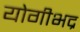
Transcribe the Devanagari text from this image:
योगीभद्र